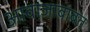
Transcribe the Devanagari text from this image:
आवाजाबाबत